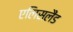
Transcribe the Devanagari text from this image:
एलिसलैंड